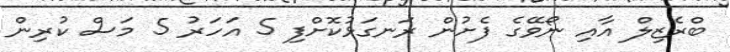
ބްރެޒިލް އާއި ނޯވޭގެ ފެށުން ރަނގަޅުކޮށްފި 5 އަހަރު 5 މަސް ކުރިން